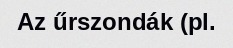
Az űrszondák (pl.